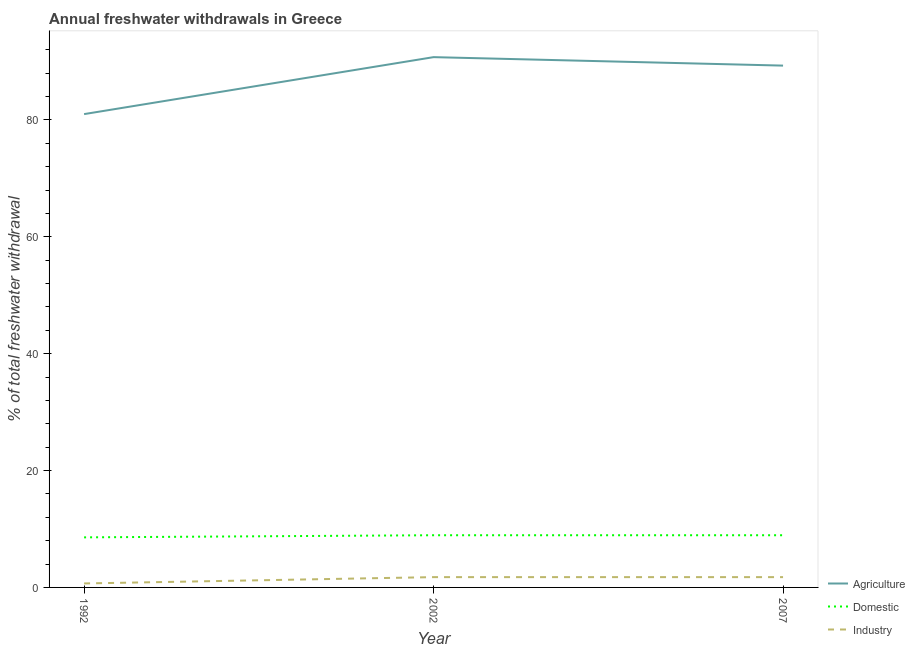
| Year | Agriculture | Domestic | Industry |
 | --- | --- | --- | --- |
 | 1992 | 81 | 8.57 | 0.679 |
 | 2002 | 90.8 | 8.93 | 1.76 |
 | 2007 | 89.3 | 8.93 | 1.76 |